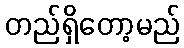
တည်ရှိတော့မည်